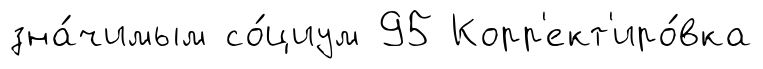
зна́чимым со́циум 95 Корр'ект'иро́вка